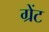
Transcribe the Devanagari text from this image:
ग्रेंट